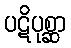
ပဋိပုစ္ဆာ